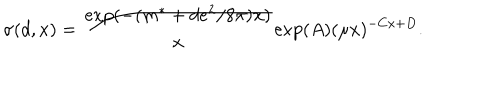
\sigma ( d , x ) = \frac { \exp ( - ( m ^ { \ast } + d e ^ { 2 } / 8 \pi ) x ) } { x } \exp ( A ) ( \mu x ) ^ { - C x + D } .